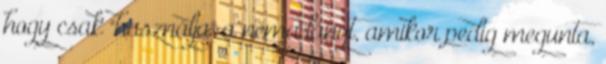
hogy csak "használja" a néma lányt, amikor pedig megunta,